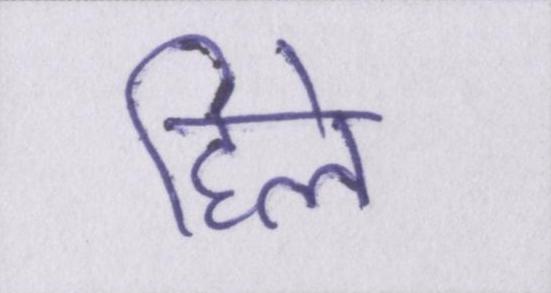
हिले